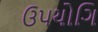
ઉપયોગિ